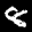
Label: 8